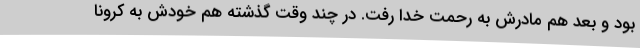
بود و بعد هم مادرش به رحمت خدا رفت. در چند وقت گذشته هم خودش به کرونا